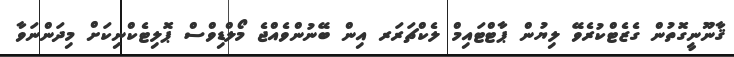
ޤާނޫނީގޮތުން ގެޒެޓްކުރެވޭ ލިޔުން ޕާޓްޓައިމް ލެކްޗަރަރ އިން ބޭނުންވެއްޖެ މޯލްޑިވްސް ޕޮލިޓެކްނިކަށް މިދަންނަވާ